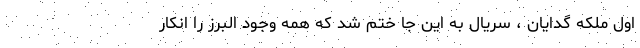
اول ملکه گدایان ، سریال به این جا ختم شد که همه وجود البرز را انکار